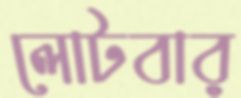
লোটবার